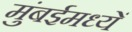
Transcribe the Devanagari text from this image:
मुंबईमध्यें